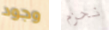
وجود نحزم